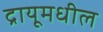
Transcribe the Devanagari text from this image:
द्रायूमधील